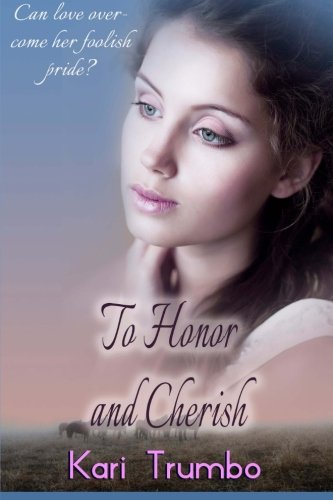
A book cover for To Honor and Cherish (Western Vows) (Volume 1); Kari Trumbo; Christian Books & Bibles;